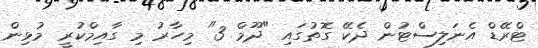
ޓްރޭޑް އެނަލިސްޓުން ދެކޭ ގޮތުގައި "ދޫމް 3" މިހާރު މި ގާއިމްކުރީ މުޅިން